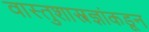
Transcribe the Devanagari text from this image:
वास्तुशास्त्रज्ञांकडून